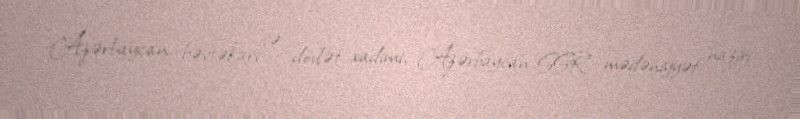
Azərbaycan bəstəkarı və dövlət xadimi, Azərbaycan SSR mədəniyyət naziri